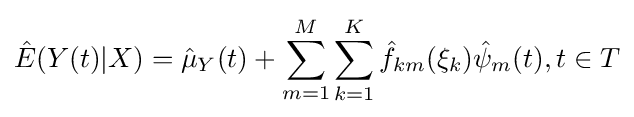
{\hat {E}}(Y(t)|X)={\hat {\mu }}_{Y}(t)+\sum _{m=1}^{M}\sum _{k=1}^{K}{\hat {f}}_{km}(\xi _{k}){\hat {\psi }}_{m}(t),t\in {T}